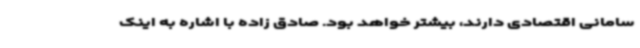
سامانی اقتصادی دارند، بیشتر خواهد بود. صادق زاده با اشاره به اینک